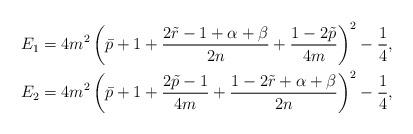
LaTeX: \begin{align*} & E_{1}=4m^{2}\left(\bar{p}+1+\frac{2\tilde{r}-1+\alpha+\beta}{2n}+\frac{1-2\tilde{p}}{4m}\right)^{2}- \frac{1}{4}, \\ & E_{2}=4m^{2}\left(\bar{p}+1+\frac{2\tilde{p}-1}{4m}+\frac{1-2\tilde{r}+\alpha+\beta}{2n}\right)^{2}- \frac{1}{4}, \end{align*}